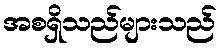
အစရှိသည်များသည်